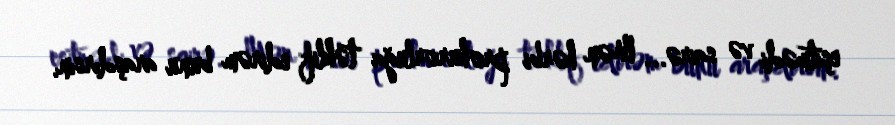
eşitmədi və sairə... Mən hərbi prokurorluğa təklif edirəm bunu araşdırsın.